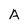
Character: A